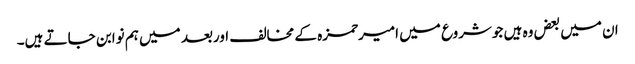
ان میں بعض وہ ہیں جوشروع میں امیرحمزہ کے مخالف اوربعد میں ہم نوابن جاتے ہیں۔